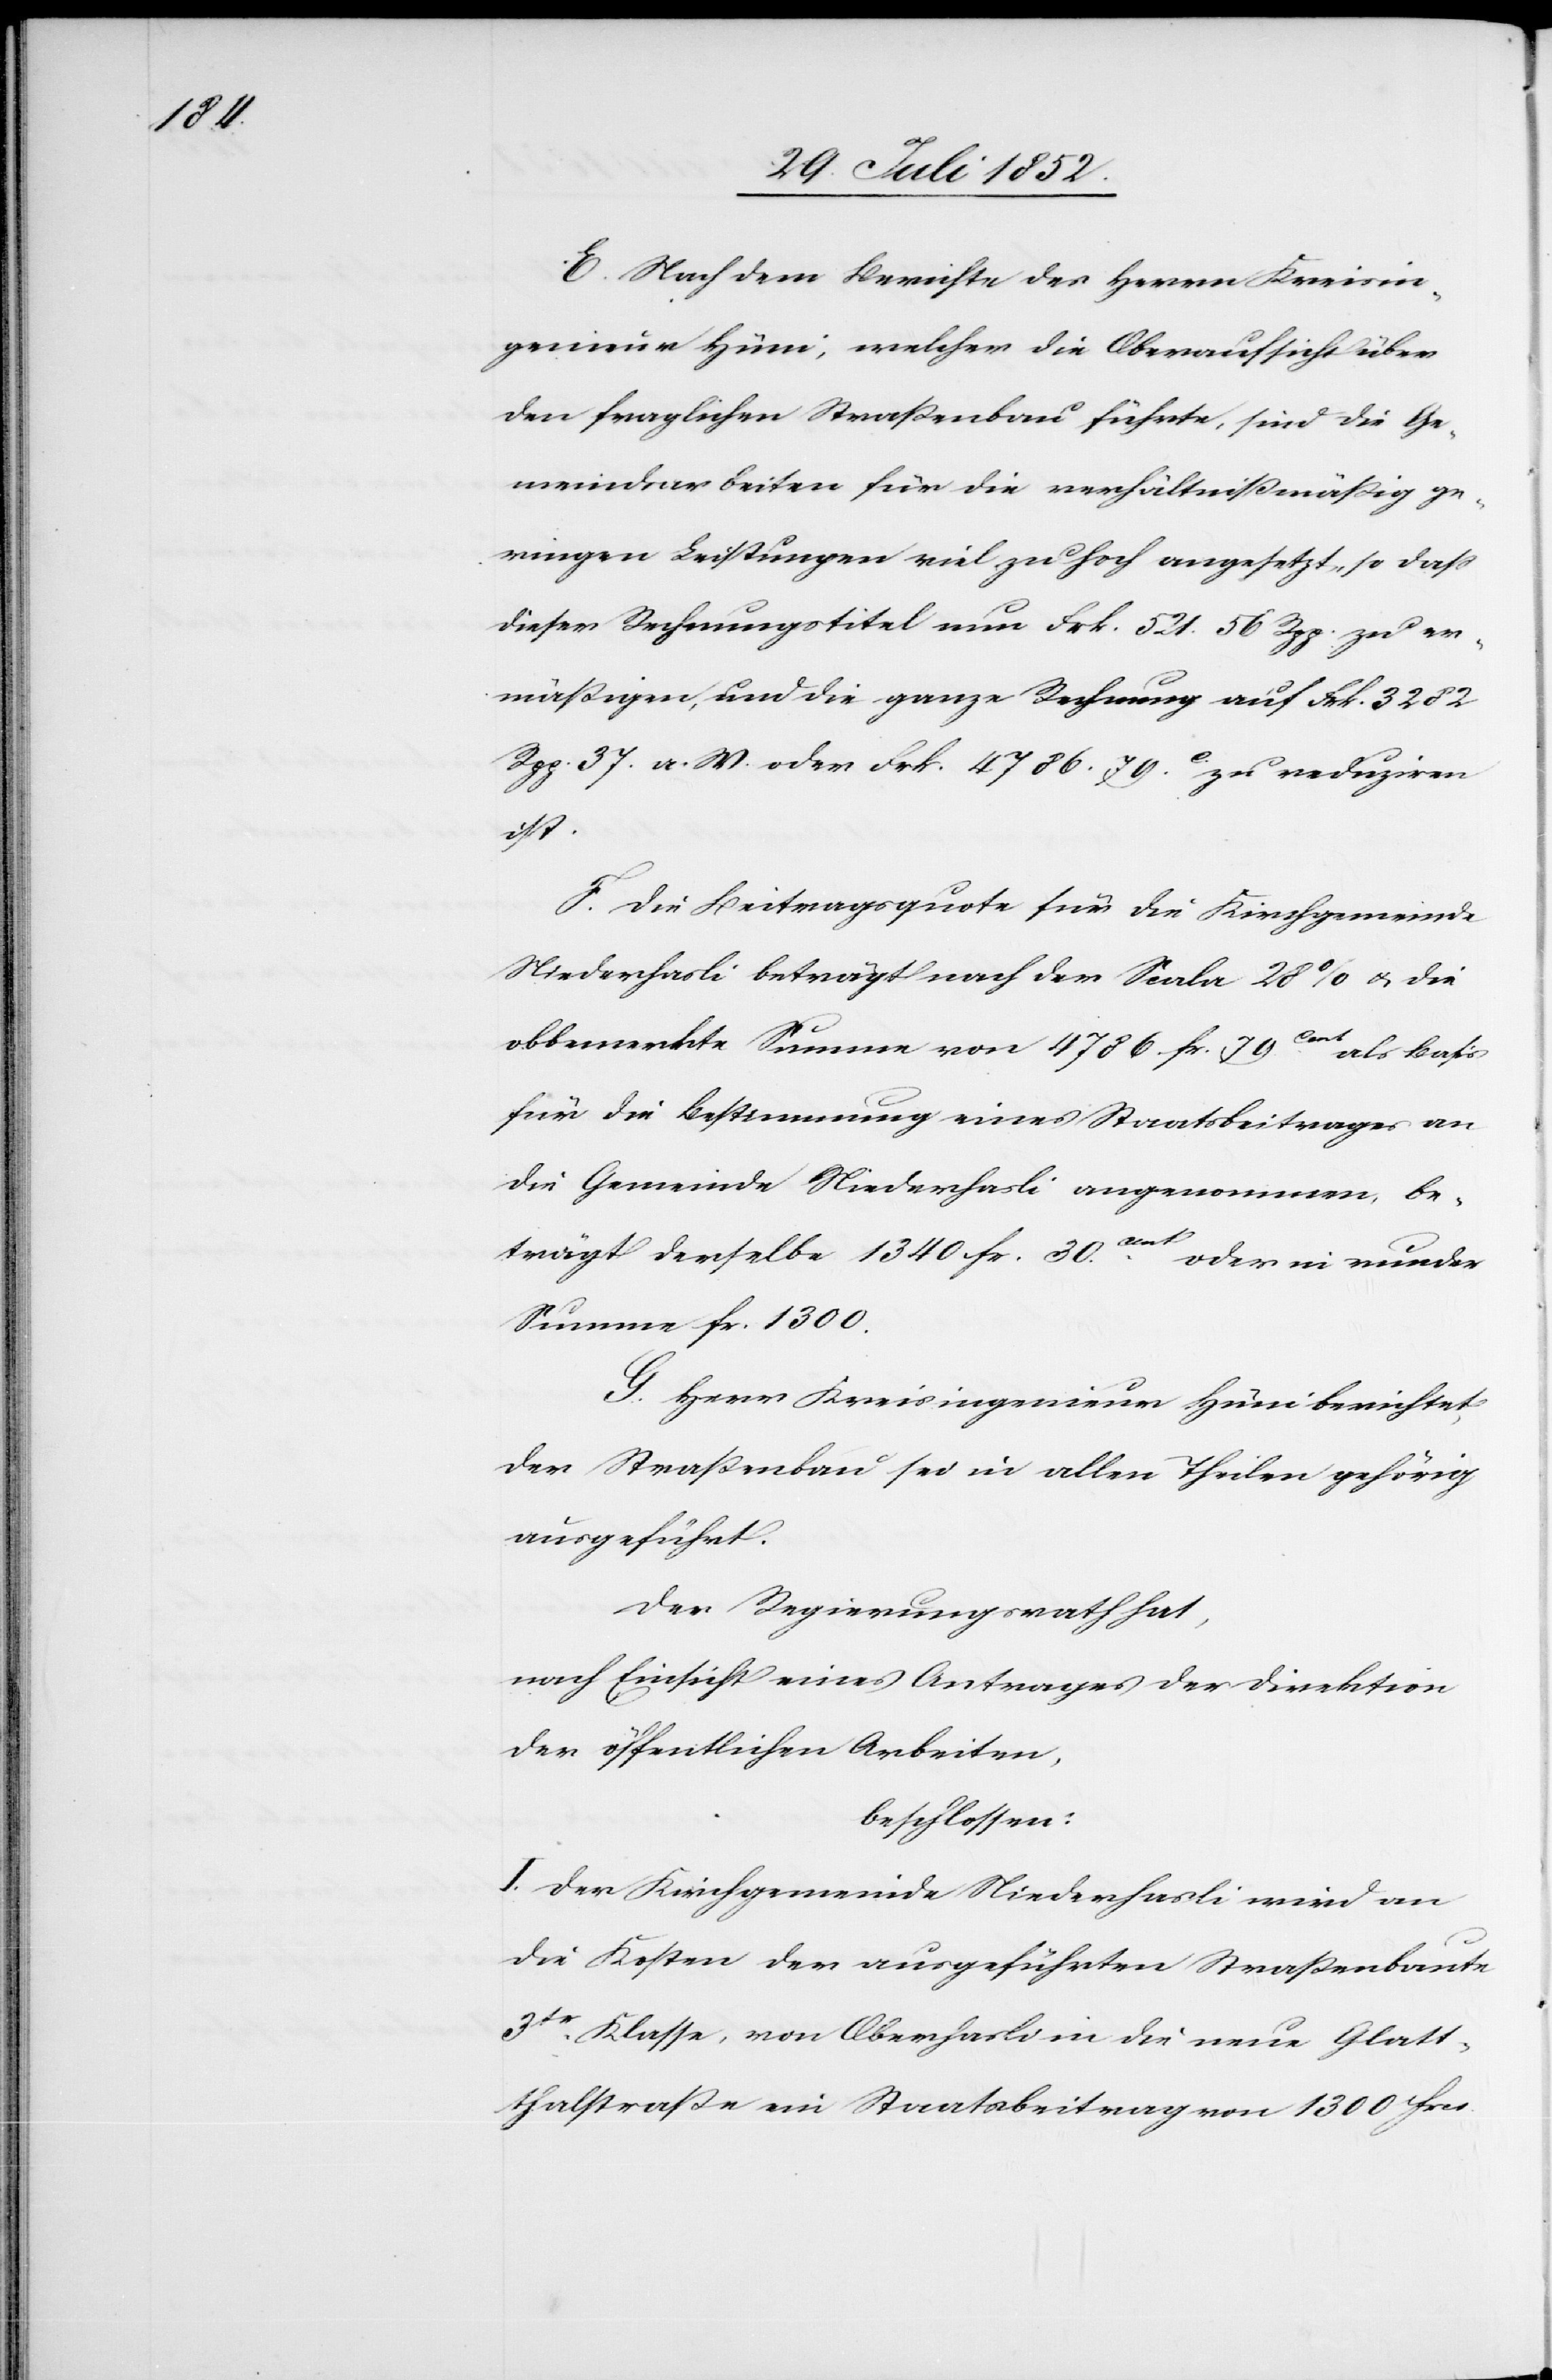
E. Nach dem Berichte des Herrn Kreisin¬
genieur Hüni, welcher die Oberaufsicht über
den fraglichen Straßenbau führte, sind die Ge¬
meindsarbeiten für die verhältnißmäßig ge¬
ringen Leistungen viel zu hoch angesetzt, so dass
dieser Rechnungstitel nun [recte: um] Frk. 521. 56 Rpp. zu er¬
mäßigen, und die ganze Rechnung auf Frk. 3282
Rpp. 37. a. W. oder Frk. 4786. 79.C. zu reduziren
cs.
F. Die Beitragsquote für die Kirchgemeinde
Niederhasli beträgt nach der Scala 28% & die
obbemerkte Summe von 4786 Fr. 79Cent als Basis
für die Bestimmung eines Staatsbeitrages an
die Gemeinde Niederhasli angenommen, be¬
trägt derselbe 1340 Fr. 30Cent
oder in runder
Summe Fr. 1300.
G. Herr Kreisingenieur Hüni berichtet,
der Straßenbau sei in allen Theilen gehörig
ausgeführt.
Der Regierungsrath hat,
nach Einsicht eines Antrages der Direktion
der öffentlichen Arbeiten,
beschlossen:
I. Der Kirchgemeinde Niederhasli wird an
die Kosten der ausgeführten Straßenbaute
3tr. Klasse, von Oberhasli in die neue Glatt¬
thalstraße ein Staatsbeitrag von 1300 Fr¬